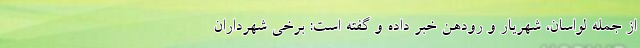
از جمله لواسان، شهریار و رودهن خبر داده و گفته است: برخی شهرداران